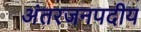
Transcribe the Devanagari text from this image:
अंतरजनपदीय